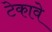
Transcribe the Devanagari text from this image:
टेकावे